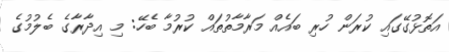
އަތޮޅުގޭގައި ކުރަން ހުރި ބައެއް މަރާމާތުތައް ކުރުމާ ބެހޭ: މި އިދާރާގެ ބެލުމުގެ